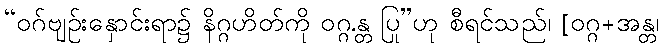
“ဝဂ်ဗျဉ်းနှောင်းရာ၌ နိဂ္ဂဟိတ်ကို ဝဂ္ဂ.န္တ ပြု”ဟု စီရင်သည်၊ [ဝဂ္ဂ+အန္တ၊